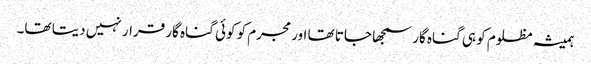
ہمیشہ مظلوم کو ہی گناہ گار سمجھا جاتا تھا اور مجرم کو کوئی گناہ گار قرار نہیں دیتا تھا۔